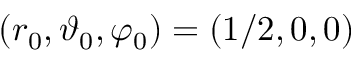
( r _ { 0 } , \vartheta _ { 0 } , \varphi _ { 0 } ) = ( 1 / 2 , 0 , 0 )